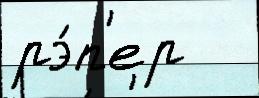
рэ́п'ер